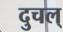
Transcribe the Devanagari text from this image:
दुचल्